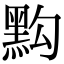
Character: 𪐯